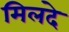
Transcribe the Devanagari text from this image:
मिलदे